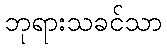
ဘုရားသခင်သာ